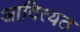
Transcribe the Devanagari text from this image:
आदित्यठ